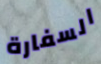
السفارة